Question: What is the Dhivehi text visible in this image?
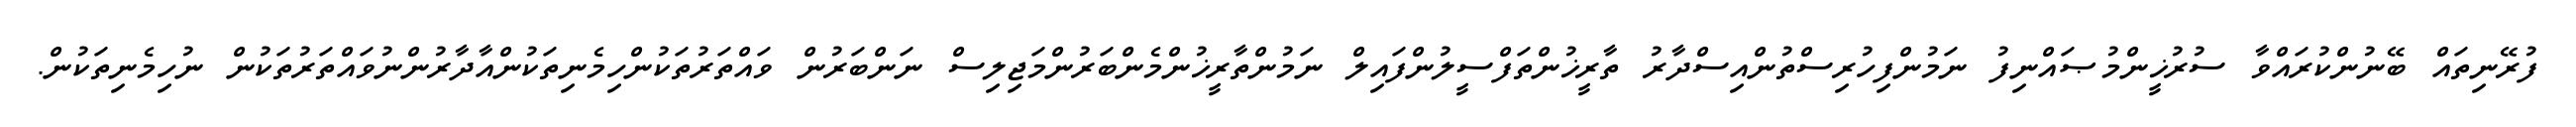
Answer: ފުރޭނިތައް ބޭނުންކުރައްވާ ސުރުޚީންމުޞައްނިފު ނަމުންފިހުރިސްތުންއިސްދާރު ތާރީޚުންތަފްސީލުންފައިލް ނަމުންތާރީޚުންމެންބަރުންމަޖިލިސް ނަންބަރުން ވައްތަރުތަކުންހިމެނިތަކުންއާދާރުންނުވައްތަރުތަކުން ނުހިމެނިތަކުން.